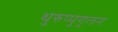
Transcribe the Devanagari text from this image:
थुरुप्पुगुलन